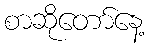
စာဆိုတော်နေ့